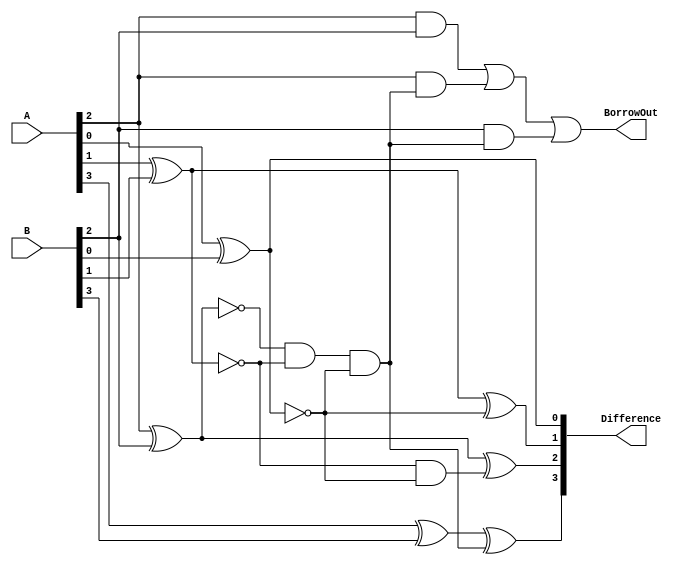
module CarryLookaheadSubtractor (
    input [3:0] A,
    input [3:0] B,
    output [3:0] Difference,
    output BorrowOut
);

wire [3:0] CarryIn;
wire [3:0] CarryOut;

assign CarryIn[0] = 1'b0;
assign CarryIn[1] = ~(A[0] ^ B[0]);
assign CarryIn[2] = ~(A[1] ^ B[1]) & ~(A[0] ^ B[0]);
assign CarryIn[3] = ~(A[2] ^ B[2]) & ~(A[1] ^ B[1]) & ~(A[0] ^ B[0]);

assign CarryOut[0] = 1'b0;
assign CarryOut[1] = (A[0] & B[0]) | (A[0] & CarryIn[1]) | (B[0] & CarryIn[1]);
assign CarryOut[2] = (A[1] & B[1]) | (A[1] & CarryIn[2]) | (B[1] & CarryIn[2]);
assign CarryOut[3] = (A[2] & B[2]) | (A[2] & CarryIn[3]) | (B[2] & CarryIn[3]);

assign Difference[0] = A[0] ^ B[0] ^ CarryIn[0];
assign Difference[1] = A[1] ^ B[1] ^ CarryIn[1];
assign Difference[2] = A[2] ^ B[2] ^ CarryIn[2];
assign Difference[3] = A[3] ^ B[3] ^ CarryIn[3];

assign BorrowOut = CarryOut[3];

endmodule